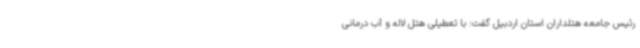
رئیس جامعه هتلداران استان اردبیل گفت: با تعطیلی هتل لاله و آب درمانی